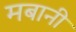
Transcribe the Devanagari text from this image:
मबानी